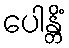
ပေါန္တိံ